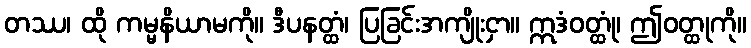
တဿ၊ ထို ကမ္မနိယာမကို။ ဒီပနတ္ထံ၊ ပြခြင်းအကျိုးငှာ။ ဣဒံဝတ္ထုံ၊ ဤဝတ္ထုကို။